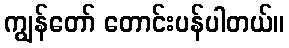
ကျွန်တော် တောင်းပန်ပါတယ်။